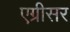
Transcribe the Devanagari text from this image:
एग्रीसर